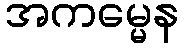
အကမ္မေန